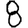
Digit: 8